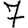
Digit: 7